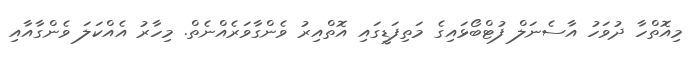
މިއޮތްހާ ދުވަހު އާސެނަލް ފުޓްބޯޅައިގެ މަތިފަޑީގައި އޮތްއިރު ވެންގާވަރެއްނެތް. މިހާރު އެއްކަލަ ވެންގާއާއި